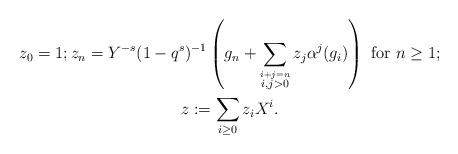
LaTeX: \begin{align*}\begin{gathered}z_0 = 1; z_n = Y^{-s}(1-q^s)^{-1}\left(g_n + \sum_{\stackrel{i + j = n}{i,j>0}}z_j\alpha^j(g_i)\right) \textrm{ for } n\geq 1; \\z: = \sum_{i \geq 0}z_i X^i. \end{gathered}\end{align*}